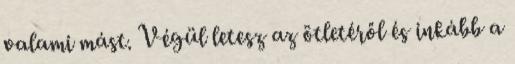
valami mást. Végül letesz az ötletéről és inkább a